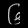
Digit: ၆